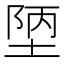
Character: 𭎴